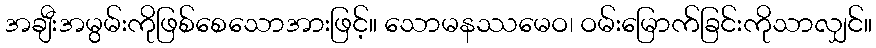
အချီးအမွမ်းကိုဖြစ်စေသောအားဖြင့်။ သောမနဿမေဝ၊ ဝမ်းမြောက်ခြင်းကိုသာလျှင်။